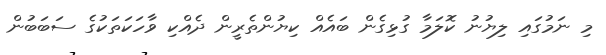
މި ނަމުގައި ލިޔުނު ކޮލަމާ ގުޅިގެން ބައެއް ކިޔުންތެރީން ދެއްކި ވާހަކަތަކުގެ ސަބަބުން